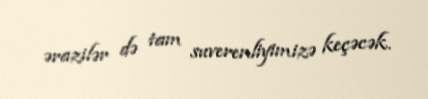
ərazilər də tam suverenliyimizə keçəcək.